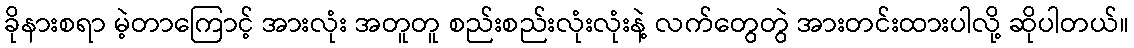
ခိုနားစရာ မဲ့တာကြောင့် အားလုံး အတူတူ စည်းစည်းလုံးလုံးနဲ့ လက်တွေတွဲ အားတင်းထားပါလို့ ဆိုပါတယ်။